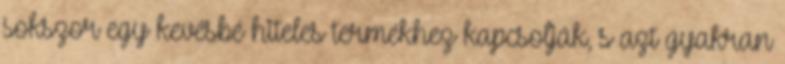
sokszor egy kevésbé hiteles termékhez kapcsolják, s azt gyakran